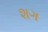
શગ